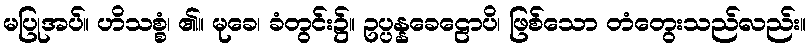
မပြုအပ်။ ဟိသစ္စံ၊ ၏။ မုခေ၊ ခံတွင်း၌။ ဥပ္ပန္နခေဠောပိ၊ ဖြစ်သော တံတွေးသည်လည်း။